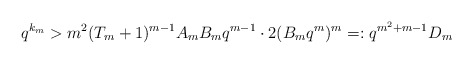
\begin{align*} q^{k_{m}}>m^{2}(T_{m}+1)^{m-1}A_{m}B_{m}q^{m-1}\cdot 2(B_{m}q^{m})^{m}=:q^{m^{2}+m-1}D_{m}\end{align*}